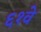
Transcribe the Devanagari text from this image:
६१वे